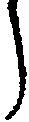
う